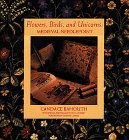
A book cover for Flowers, Birds, and Unicorns: Medieval Needlepoint; Candace Bahouth; Crafts, Hobbies & Home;